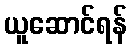
ယူဆောင်ရန်